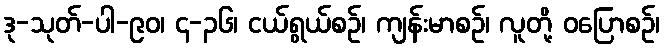
ဒု-သုတ်-ပါ-၉၀၊ ၄-၃၆၊ ငယ်ရွယ်စဉ်၊ ကျန်းမာစဉ်၊ လူတို့ ဝပြောစဉ်၊